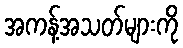
အကန့်အသတ်များကို